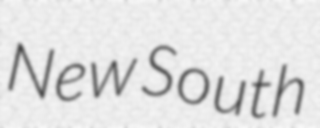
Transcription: New South